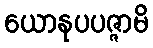
ယောနုပပဇ္ဇာမိ